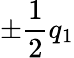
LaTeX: \pm\frac{1}{2}q_{1}